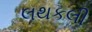
લથકલી